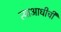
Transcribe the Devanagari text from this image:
त्याआधीची